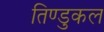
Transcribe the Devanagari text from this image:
तिण्डुकल